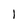
Character: 1